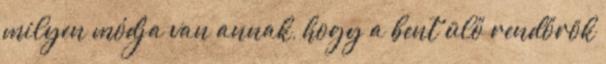
milyen módja van annak, hogy a bent ülő rendőrök